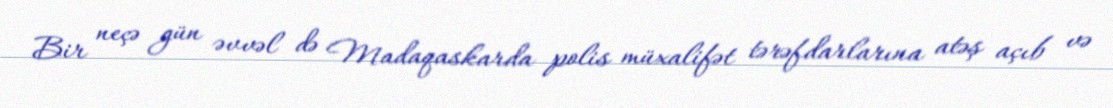
Bir neçə gün əvvəl də Madaqaskarda polis müxalifət tərəfdarlarına atəş açıb və